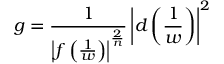
g = { \frac { 1 } { \left| f \left( { \frac { 1 } { w } } \right) \right| ^ { \frac { 2 } { n } } } } \left| d \left( { \frac { 1 } { w } } \right) \right| ^ { 2 }